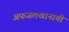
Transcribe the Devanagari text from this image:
अफजलखानाची